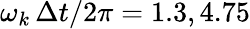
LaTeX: \omega_{k}\, \Delta t/2\pi=1.3,4.75